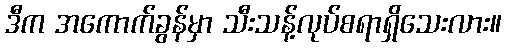
ဒီက အကောက်ခွန်မှာ သီးသန့်လုပ်စရာရှိသေးလား။